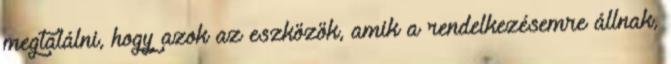
megtalálni, hogy azok az eszközök, amik a rendelkezésemre állnak,